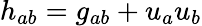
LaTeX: h_{ab}=g_{ab}+u_{a}u_{b}